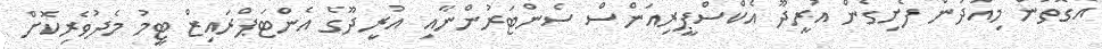
އެގޮތުން މިއަދުން ފެށިގެން އުރީދޫ އެކްސްޕީރިއަންސް ސެންޓަރުންނާއި އުރީދޫގެ އެންޓަޕްރައިޒް ޓީމު މެދުވެރިކޮށް